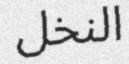
النخل